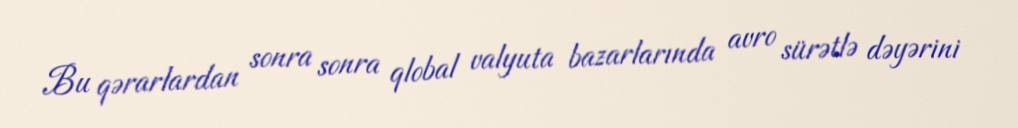
Bu qərarlardan sonra sonra qlobal valyuta bazarlarında avro sürətlə dəyərini